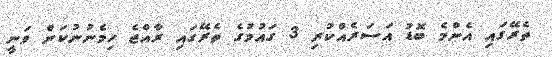
ތެރޭގައި އެންމެ ބޮޑު އަސަރެއްކުރި 3 ގައުމުގެ ތެރޭގައި ރާއްޖެ ހިމެނުނުކަން ވަނީ